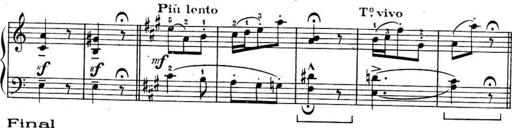
Title: Sonatines
Composer: Hedwige ChrÃ©tien